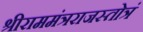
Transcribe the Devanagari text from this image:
श्रीराममंत्रराजस्तोत्रं